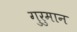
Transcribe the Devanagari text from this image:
गुरुमान